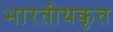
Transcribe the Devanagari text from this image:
भारतीयकृत